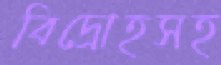
বিদ্রোহসহ